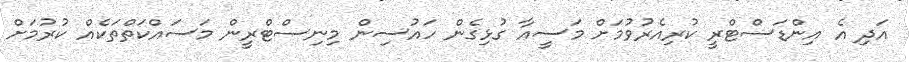
އަދި އެ އިންޑަސްޓްރީ ކުރިއެރުވުމަށް މަސީއާ ގުޅިގެން ހައުސިން މިނިސްޓްރީން މަސައްކަތްތަކެއް ކުރުމަށް